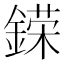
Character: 𨪪